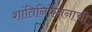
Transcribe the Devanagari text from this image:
शांतिनिकेतनाची